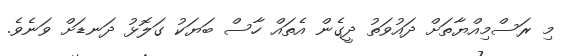
މި ރަސްމިއްޔާތަށް ދައުވަތު ދީގެން އެތައް ހާސް ބަޔަކު ގަލޮޅު ދަނޑަށް ވަނެވެ.